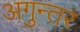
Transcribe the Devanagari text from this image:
अगुन्तर